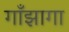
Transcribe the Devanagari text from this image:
गाँझागा